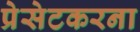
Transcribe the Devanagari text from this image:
प्रेसेटकरना